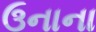
ઉનાના